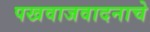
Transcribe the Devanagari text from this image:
पखवाजवादनाचे